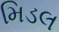
મિડલ